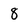
Character: 8